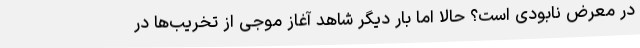
در معرض نابودی است؟ حالا اما بار دیگر شاهد آغاز موجی از تخریب‌ها در